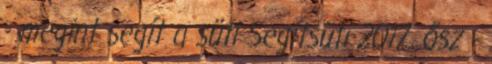
- megint segít a süti Segítsüti 2017. ősz -